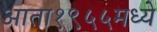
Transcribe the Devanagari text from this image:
आता१९५५मध्ये